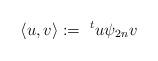
\begin{align*}\langle u, v \rangle := \,\, ^{t}u \psi_{2n}v\end{align*}